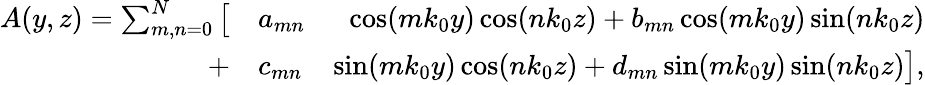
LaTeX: \begin{array}{rlr}{A(y,z)=\sum_{m,n=0}^{N}\big[}&{{}a_{mn}}&{\cos(mk_{0}y)\cos(nk_{0}z)+b_{mn}\cos(mk_{0}y)\sin(nk_{0}z)}\\ {+}&{{}c_{mn}}&{\sin(mk_{0}y)\cos(nk_{0}z)+d_{mn}\sin(mk_{0}y)\sin(nk_{0}z)\big],}\end{array}